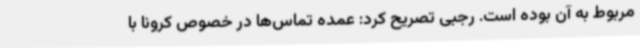
مربوط به آن بوده است. رجبی تصریح کرد: عمده تماس‌ها در خصوص کرونا با